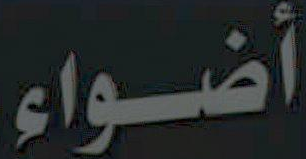
أضواء